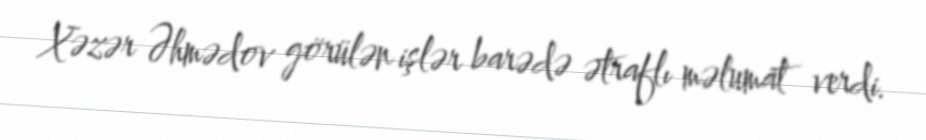
Xəzər Əhmədov görülən işlər barədə ətraflı məlumat verdi.